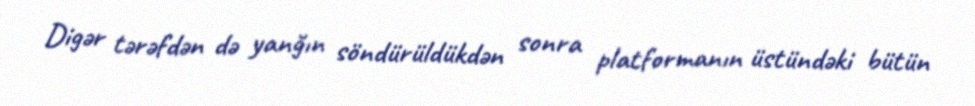
Digər tərəfdən də yanğın söndürüldükdən sonra platformanın üstündəki bütün